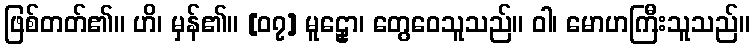
ဖြစ်တတ်၏။ ဟိ၊ မှန်၏။ [၀၇] မူဠှော၊ တွေဝေသူသည်။ ဝါ၊ မောဟကြီးသူသည်။